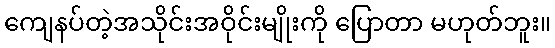
ကျေနပ်တဲ့အသိုင်းအဝိုင်းမျိုးကို ပြောတာ မဟုတ်ဘူး။